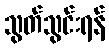
သွတ်သွင်းရန်